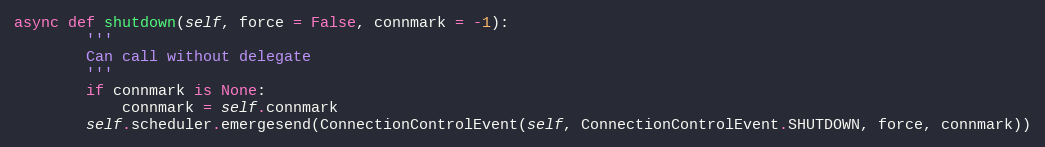
Language: Python
async def shutdown(self, force = False, connmark = -1):
        '''
        Can call without delegate
        '''
        if connmark is None:
            connmark = self.connmark
        self.scheduler.emergesend(ConnectionControlEvent(self, ConnectionControlEvent.SHUTDOWN, force, connmark))